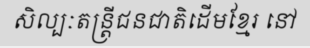
សិល្បៈតន្ត្រីជនជាតិដើមខ្មែរ នៅ